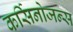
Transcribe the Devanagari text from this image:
कर्सिनोजन्स